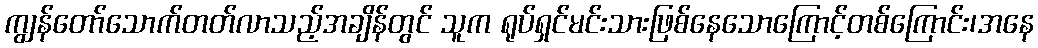
ကျွန်တော်သောက်တတ်လာသည့်အချိန်တွင် သူက ရုပ်ရှင်မင်းသားဖြစ်နေသောကြောင့်တစ်ကြောင်း၊အနေ